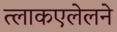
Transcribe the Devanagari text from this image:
त्लाकएलेलने